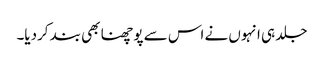
جلد ہی انہوں نے اس سے پوچھنا بھی بند کردیا۔